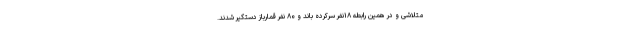
متلاشی و در همین رابطه ۱۸نفر سرکرده باند و ۸۰ نفر قمارباز دستگیر شدند.